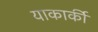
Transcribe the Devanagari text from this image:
याकार्की